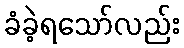
ခံခဲ့ရသော်လည်း